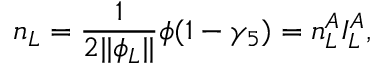
n _ { L } = \frac 1 { 2 | | \phi _ { L } | | } \phi ( 1 - \gamma _ { 5 } ) = n _ { L } ^ { A } I _ { L } ^ { A } ,